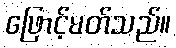
ဖြောင့်မတ်သည်။